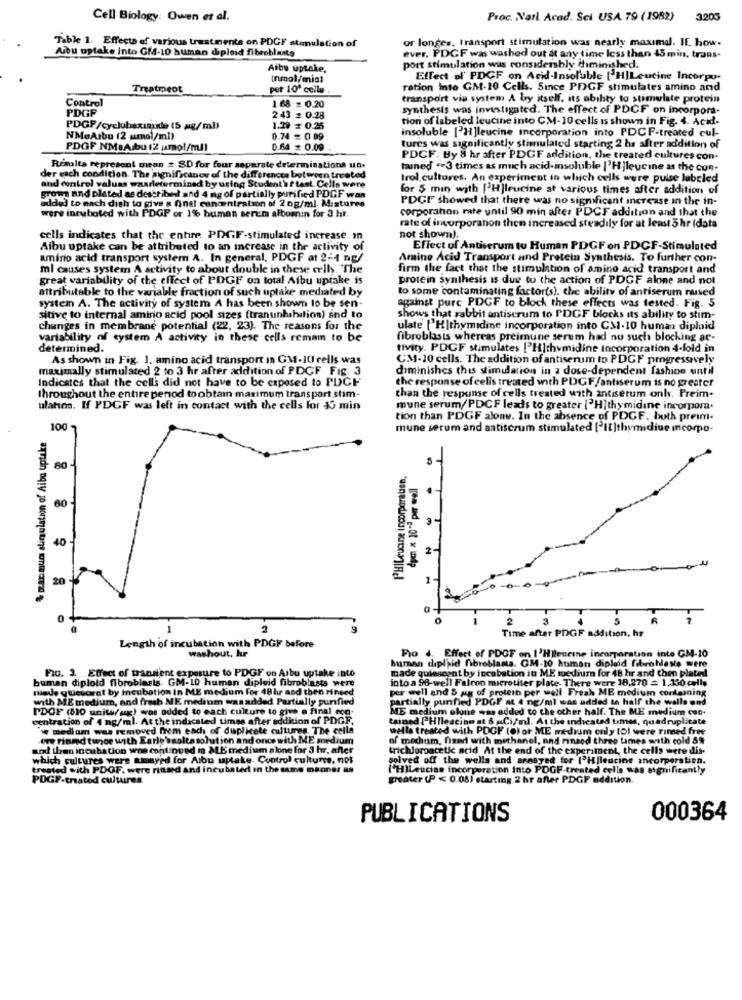
Cell Biology: Owen et al.
Proc. Natl Acad. Ści. USA 79 (1982)
3205
or longes, transport stimulation was nearly maximal. IF. how.
Aibu uptake into GMd-10 human diploid fibroblasts
Table 1. Effects of various treatments on PDGF stimulation of
ever. PDCF was washed out at any time less than 45 min, trans-
Alby uptake.
port stimulation was considenhly diminished.
(nmol/min1
Effect of PDCF on Acid-Insoluble [ H]Leucine Incorpo-
Treatmeot
per 10' collu
ration inte GM-10 Cells. Since PDGF stimulates amino and
Control
transport via system A by itself, its ability to stimulate protein
PDGF
1.68 = 0.20
synthesis was investigated. The effect of PDCF on incorpora-
2.43 = 0.28
tion of labeled leucine into CM-10 cells is shown in Fig. 4. Acid-
PDGF/cyclobeximide (5 mg/ml)
1.29 ≤ 0.25
insoluble ['H]leucine incorporation into PDCF-treated cul-
NMeArbu (2 umol/ml)
0.24 = 0 09
PDGF NM:Aibu 12 umo!/ml)
0.64 = 0.09
tures was significantly stimulated starting 2 hr after addition of
PDCF. By 8 hr after PDGF addition, the treated cultures con-
Resalta represent mean # SD for four separate determinations un.
tuned .- 3 times as much acid-insoluble |'H ]leucine as the con-
der each condition. The significance of the differences between treated
Irol cultores. An experiment in which cells were pulse labeled
and control valuas waarletermined by using Student'sf test. Cells were
grows and plated as described and 4 mg of partially purified PDGF wan
for $ min with ["H]leucine at various times after addition of
added to each dish to give a final concentration of 2 0g/ml. Mixtures
PDGF showed that there was no significant increase in the in-
corporahon rate until 90 min after PDCF addition and that the
were incuboted with PDGF or 1% buman senum albumin for 3 hr.
rate of incorporation then increased steadily for at least 5 hr (data
cells indicates that the entire PDGF-stimulated increase in
not shown).
Albu uptake can be attributed to an increase in the activity of
Effect of Antiserum to Human PDGF on PDCF-Stimulated
amino acid transport system A. In general, PDGF at 2-4 ng/
Amino Acid Transport and Protein Synthesis. To further con-
ml causes system A activity to about double in these cells. The
firm the fact that the stimulation of amino acid transport and
great variability of the effect of PDGF on total Albu uptake is
protein synthesis is due to the action of PDGF alone and not
attributable to the variable fraction of such uptake mediated by
to some contaminating factor(s). the ability of antiserum rased
system A. The activity of system A has been shown to be sen-
against purc PDGF to block these effects was tested. Fig. 5
sitive to internal amino acid pool sizes (transinhibition) and to
shows that rabbit antiscrum to PDGF blocks its ability to stim-
changes in membrane potential (22, 23). The reasons for the
ulate ["H|thymidine incorporation into CM1-10 human diploid
variability of system A activity in these cells remam to be
fibroblasts whereas preimune serum had no such blocking ar-
determined.
tivity. PDGF stimulates ['Hithymidine incorporation 4-fold in
As shown in Fig. 1. amino acid transport in GM-10 cells was
CM-10 cells. The addition of antiserum to PDGF progressively
maximally stimulated 2 to 3 hr after addition of PDCF Fig. 3
diminishes this stimulation in a dose-dependent fashion until
Indicates that the cells did not have to be exposed to PDCF
the response of cells treated with PDGF/antiserum is no greater
throughout the entire penod to obtain maximum transport stim-
than the response of cells treated with antiserum only. Preim-
ulation, If PDGF was left in contact with the cells for 45 min
mune serum/PDCF leads to greater [ H]thymidine incorpora.
tion than PDGF alonw. In the absence of PDGF. both preim.
100
mune serum and antiscrum stimulated [ I]thymidiue incorpo-
% par mums stingulation of Aiba uptake
5
80
PHILeuare incorporatien,
60
40
2-
20
0
+
2
3
R
2
Time after PDGF addition, hr
Length of incubation with PDGF before
washout, hr
Fio 4. Effect of PDOF on I'Hileccine incorporation inte GM-10
FIG. 3. Effect of transient exposure to PDGF on Albu uptake into
human diploid fibroblasts. GM-10 husman diploid fibroblasts were
made quiescent by incubation in ME medium for 48 hr and then plated
buman diploid fibroblasts. GM-10 human diploid fibroblasts were
into a 96-well Falcon microtiter plate. There were 18,270 = 1,330 cells
made quicucaat by incubation In ME medium for 48 hr and then rinsed
per well and 5 mg of protein per well Freah MB medium containing
with ME medium, and fresh ME medium was added Partially purified
partially purified PDGF at 4 ng/ml was added to half the walls ond
PDOF (810 unita/ ag) was added to each culture to give a final con-
ME medium elone was added to che other half. The ME medium con.
centration of 4 ng/ml. At the indicated timss after addition of PDGF.
tained [Hllescine at & Ci/ml. At the indicated times, quadruplicate
'e medium was removed frem each of duplicete cultures. The cella
wella treated with PDGF (0) or ME medium only (O) were rinsed free
ere rinmd twjoe with Earle'sgalta solution and once with ME medium
of medium, fixed with methanol, and rinsed three times with cold 5%
and then incubation whe continued In ME medium alone for 3 hr, after
trichloroacetic acid At the end of the experiment, the cells were dit.
which cultures were amayed for Aibo uptake. Control culture, not
solved off the wells and arasyed for ["Hlleucine ancorporation.
treated with PDOF. were rinsed and incubated in the same manner as
('HILeucine incorporation Into PDGF-treated cella was significantly
PDGF-treated cultures
greater (P < 0.08) starting 2 hr after PDGF addition.
PUBLICATIONS
000364